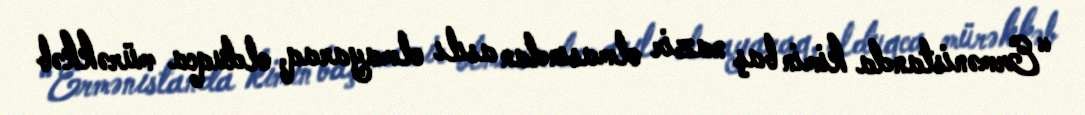
“Ermənistanda kimin baş nazir olmasından asılı olmayaraq, olduqca mürəkkəb